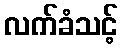
လက်ခံသင့်